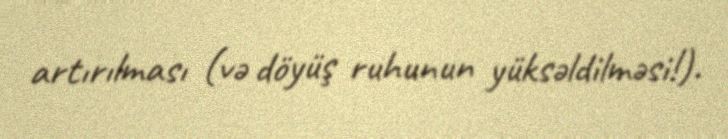
artırılması (və döyüş ruhunun yüksəldilməsi!).